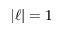
| \ell | = 1